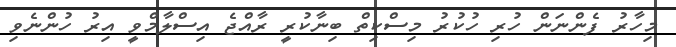
މިހާރު ފެންނަން ހުރި ހުކުރު މިސްކިތް ބިނާކުރީ ރާއްޖެ އިސްލާމްވީ އިރު ހުންނެވި